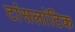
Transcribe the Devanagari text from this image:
टांसलांटिक